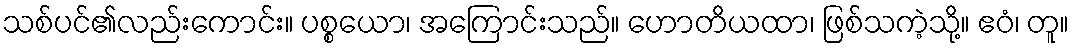
သစ်ပင်၏လည်းကောင်း။ ပစ္စယော၊ အကြောင်းသည်။ ဟောတိယထာ၊ ဖြစ်သကဲ့သို့။ ဧဝံ၊ တူ။